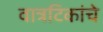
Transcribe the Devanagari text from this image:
वात्रटिकांचे